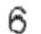
6